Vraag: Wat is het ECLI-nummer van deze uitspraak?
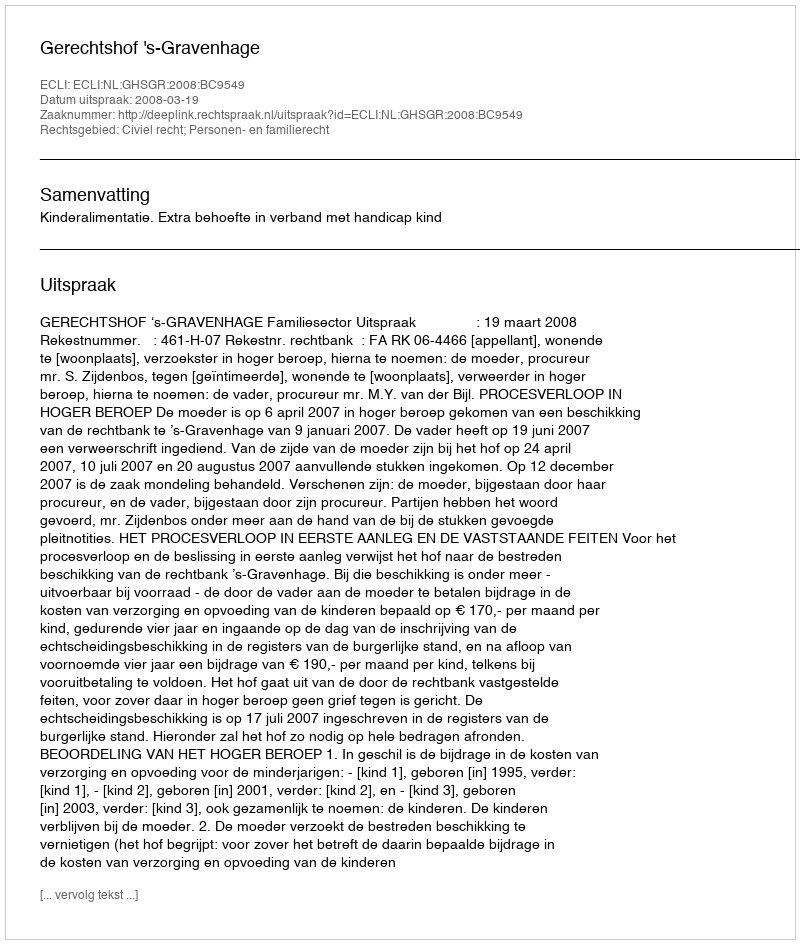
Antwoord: ECLI:NL:GHSGR:2008:BC9549